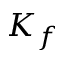
K _ { f }